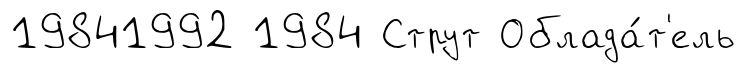
19841992 1984 Струт Облада́т'ель